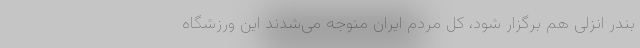
بندر انزلی هم برگزار شود، کل مردم ایران متوجه می‌شدند این ورزشگاه